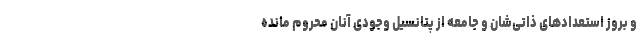
و بروز استعدادهای ذاتی‌شان و جامعه از پتانسیل وجودی آنان محروم مانده